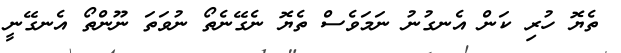
ތެޔޮ ހުރި ކަން އެނގުނު ނަމަވެސް ތެޔޮ ނެގޭނެތޯ ނުވަތަ ނޫންތޯ އެނގޭނީ